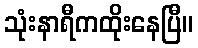
သုံးနာရီကထိုးနေပြီ။